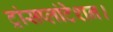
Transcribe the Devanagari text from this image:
ट्रांसप्लांटेशन।